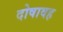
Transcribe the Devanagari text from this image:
दोषावह